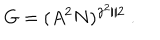
LaTeX: G = ( A ^ { 2 } N ) ^ { \gamma ^ { 2 } / 2 } \ .